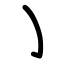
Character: ㇁